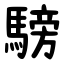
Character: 騯